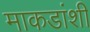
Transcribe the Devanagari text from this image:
माकडांशी